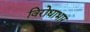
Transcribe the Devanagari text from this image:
विरोधाभार